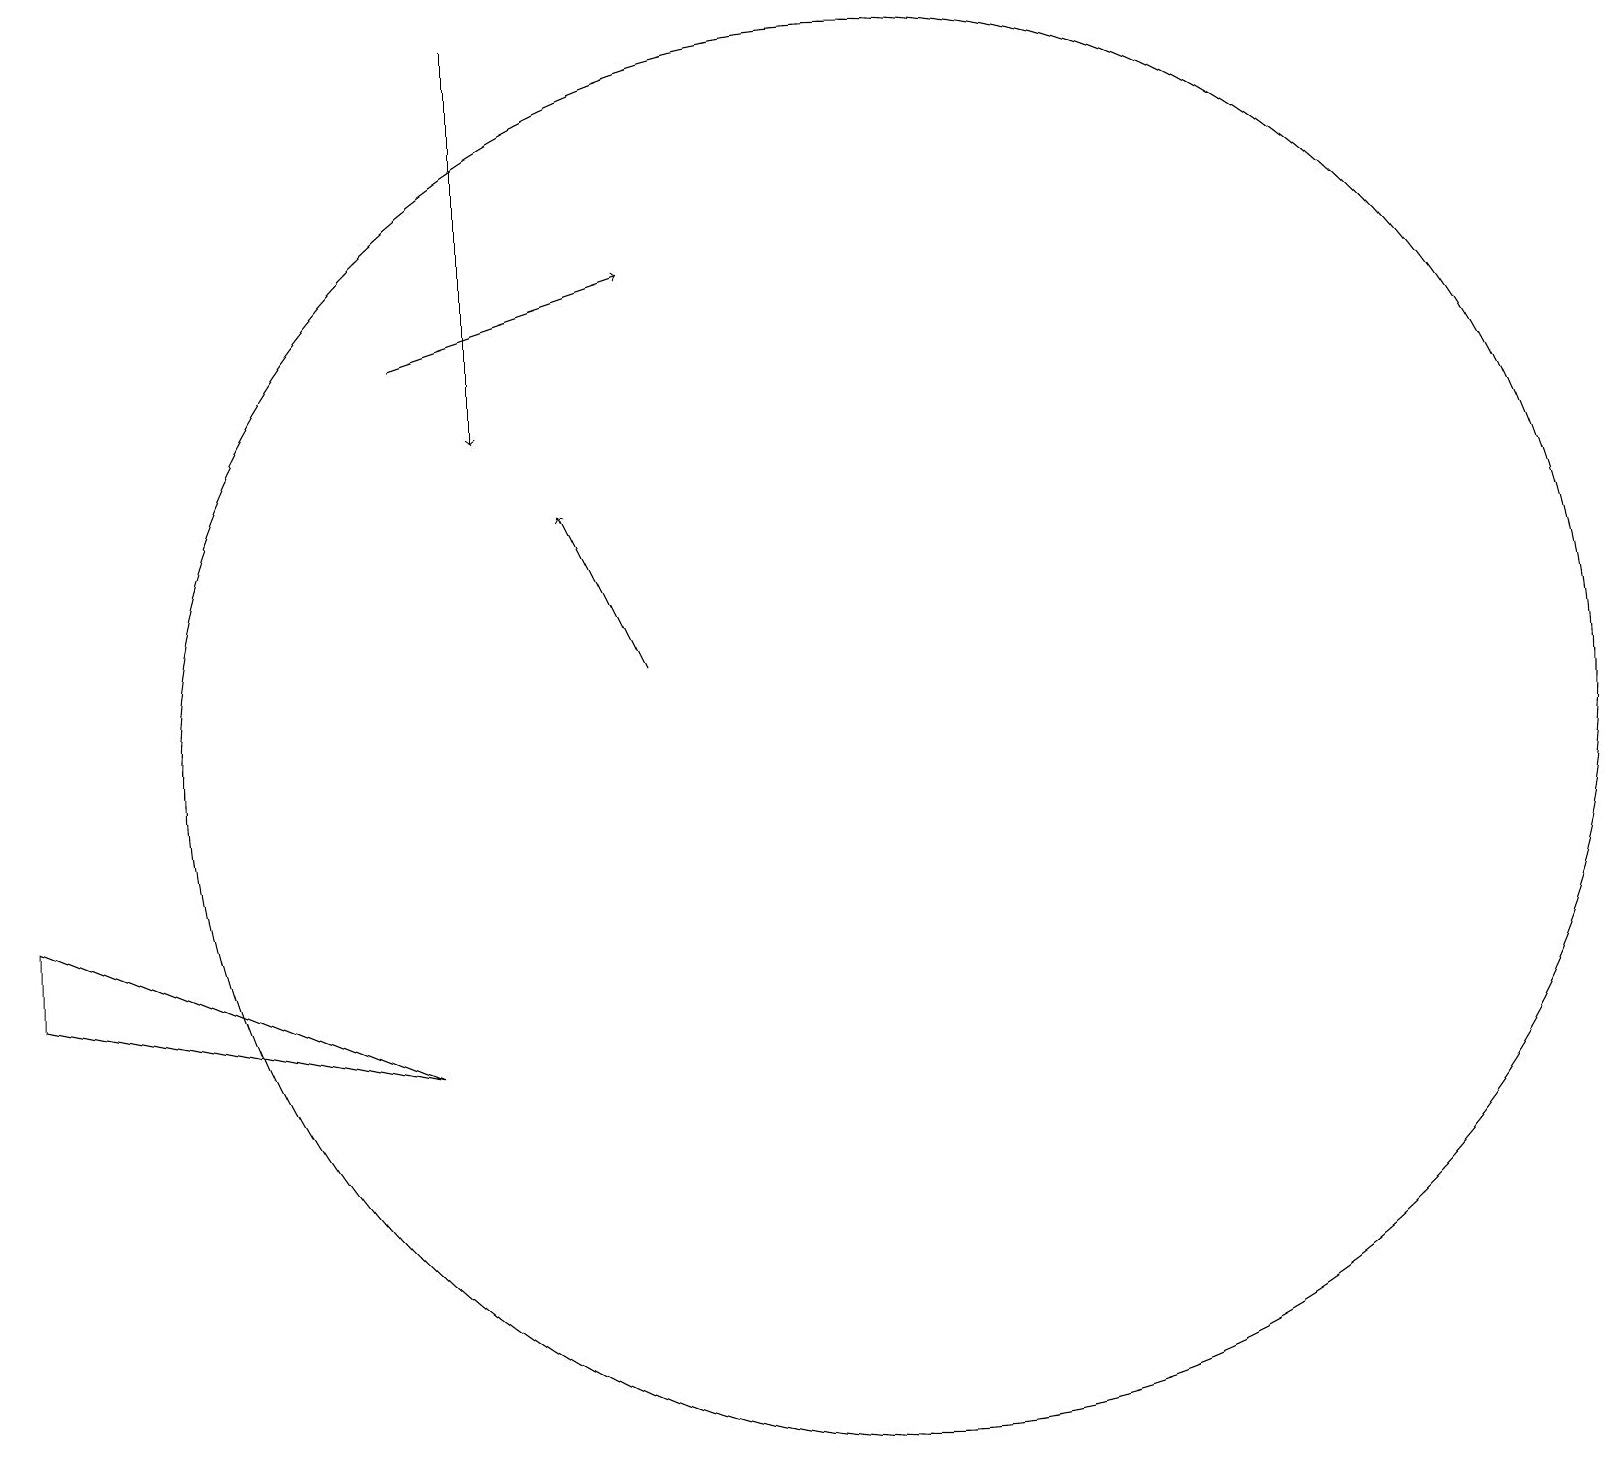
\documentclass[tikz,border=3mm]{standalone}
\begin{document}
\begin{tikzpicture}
\draw[->] (5,15) -- (8,16);
\draw[->] (6,19) -- (6,14);
\draw (0,7) -- (0,8) -- (5,6) -- cycle;
\draw (11,10) circle (9);
\draw[->] (8,11) -- (7,13);
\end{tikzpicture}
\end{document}